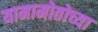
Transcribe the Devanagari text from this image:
यामामोतोच्या